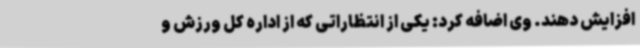
افزایش دهند. وی اضافه کرد: یکی از انتظاراتی که از اداره کل ورزش و